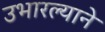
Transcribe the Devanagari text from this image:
उभारल्याने